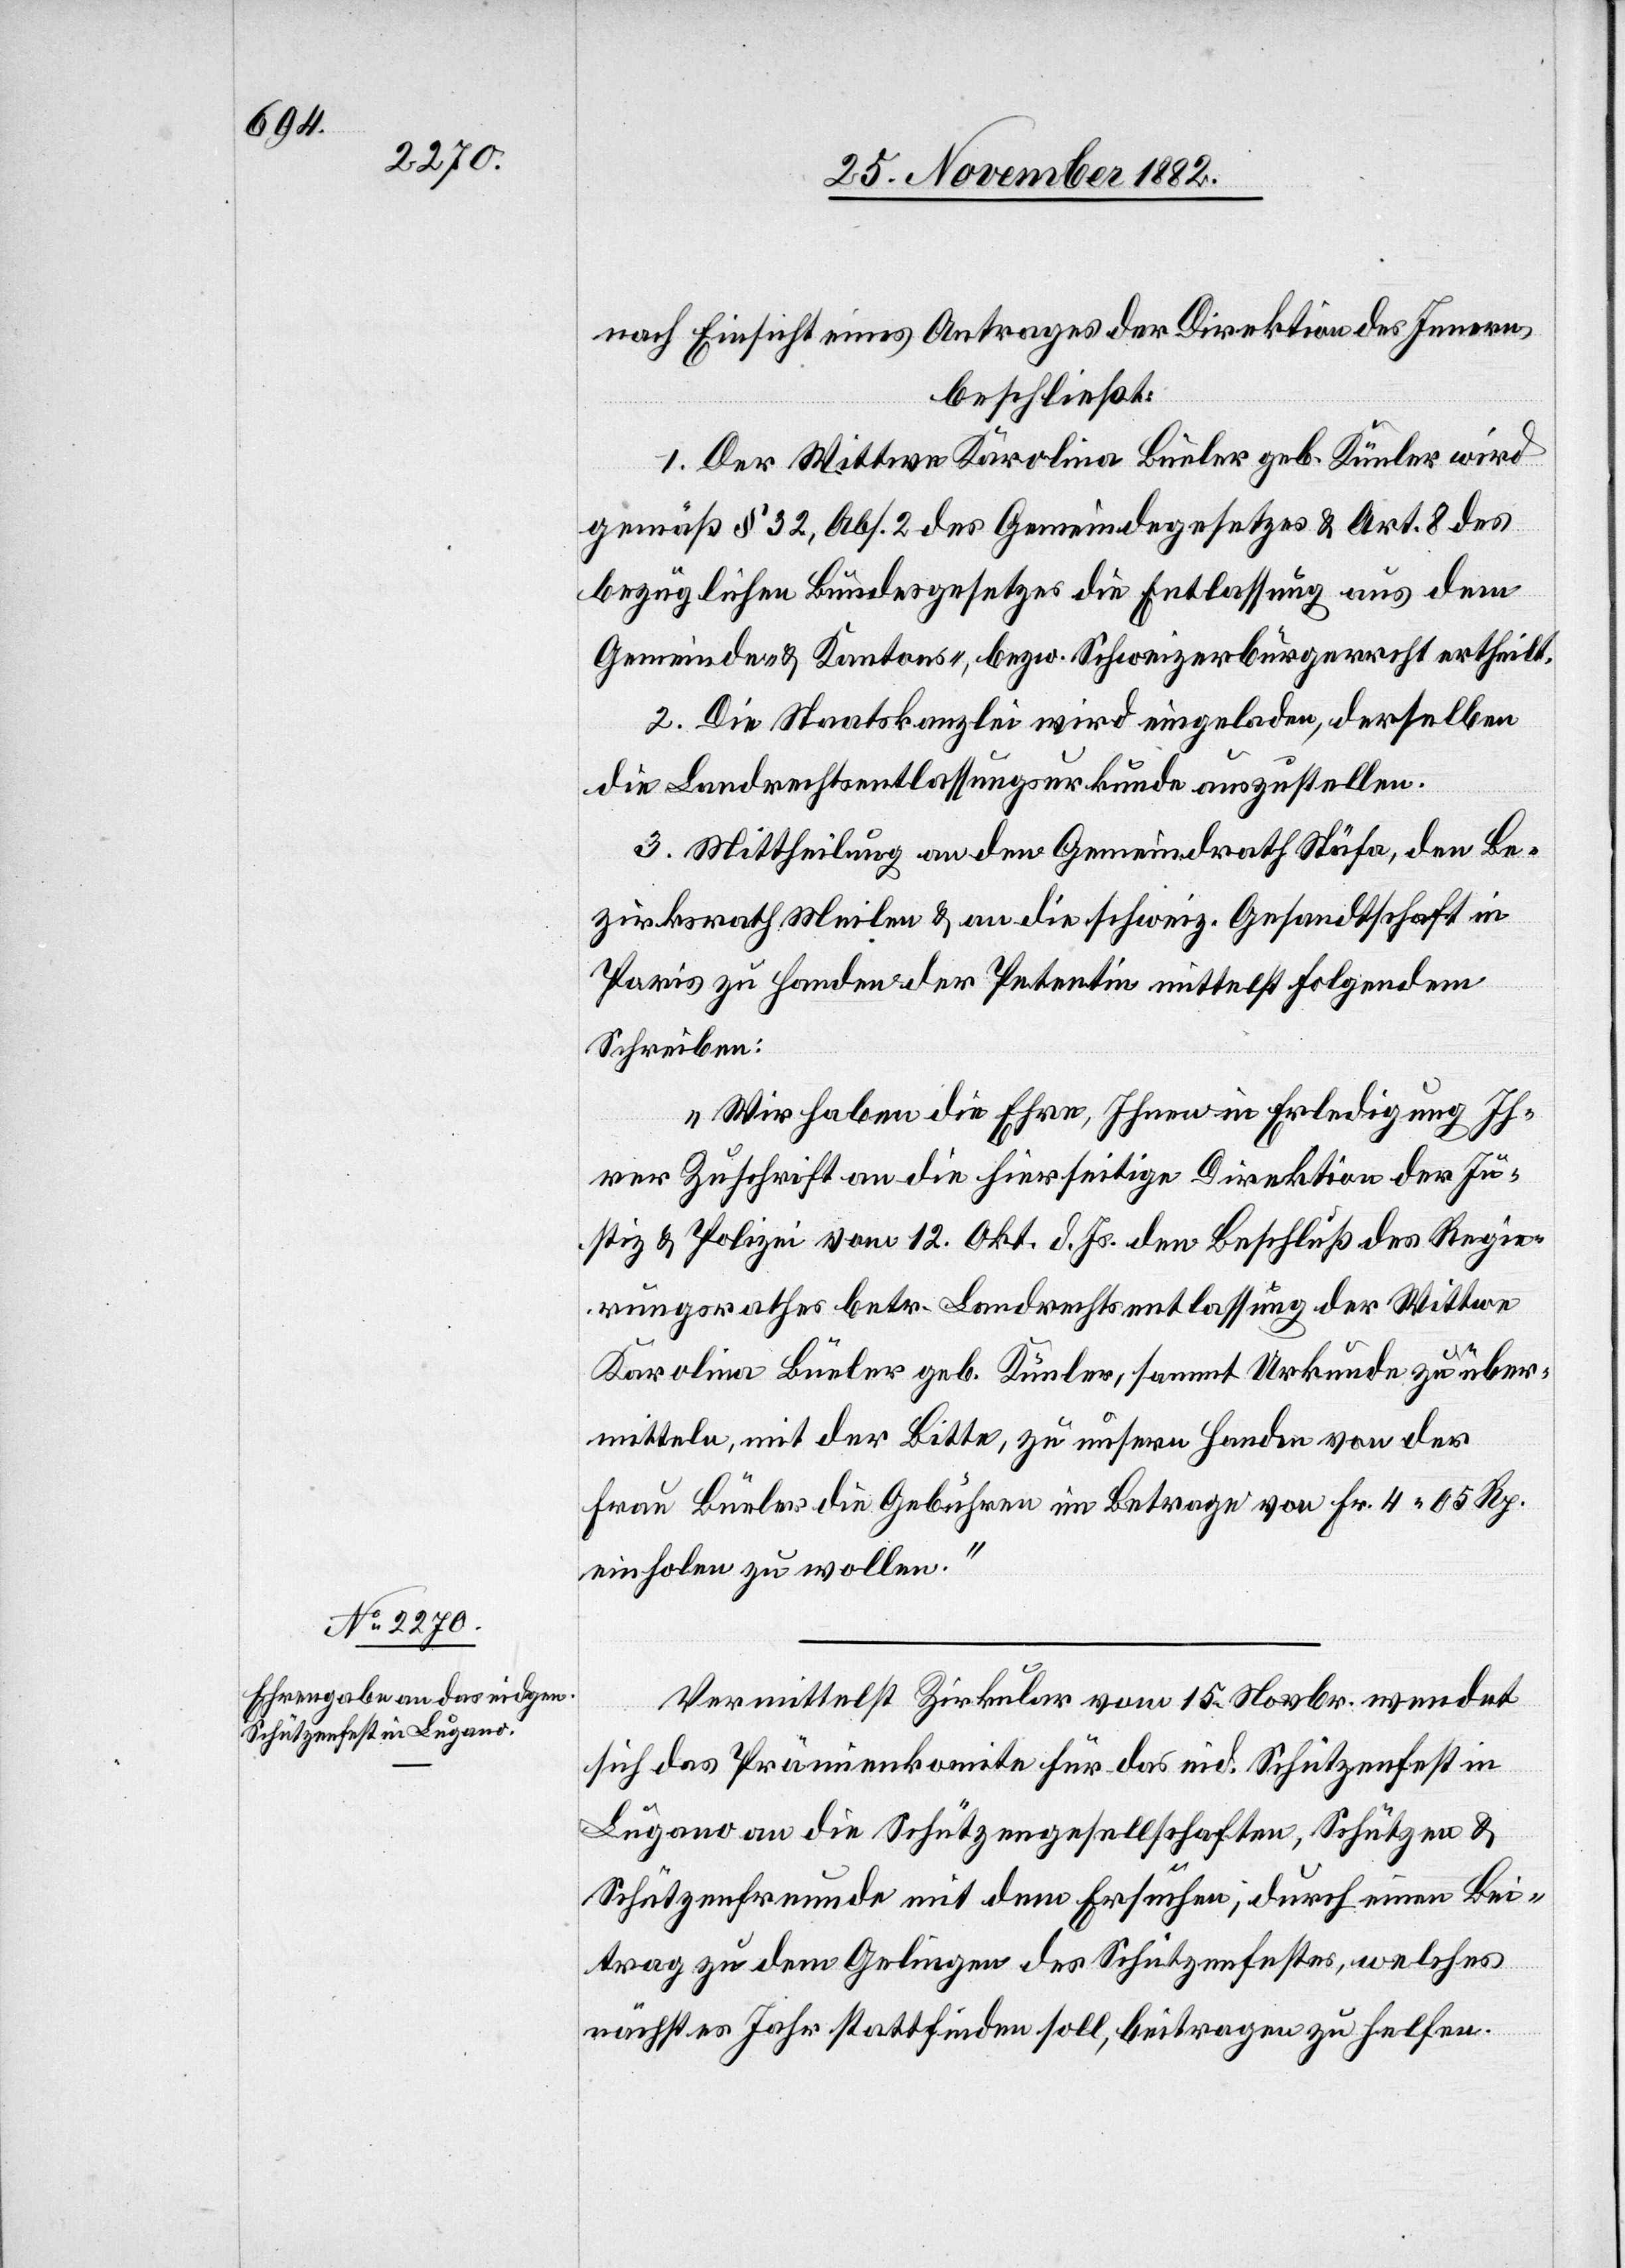
nach Einsicht eines Antrages der Direktion des Innern,
beschließt:
1. Der Wittwe Karolina Büeler geb. Künler wird
gemäß § 32, Abs. 2 des Gemeindegesetzes & Art. 8 des
bezüglichen Bundesgesetzes die Entlassung aus dem
Gemeinde- & Kantons-, bezw. Schweizerbürgerrecht ertheilt.
2. Die Staatskanzlei wird eingeladen, derselben
die Landrechtsentlassungsurkunde auszustellen.
3. Mittheilung an den Gemeindrath Stäfa, den Be¬
zirksrath Meilen & an die schweiz. Gesandtschaft in
Paris zu Handen der Petentin mittelst folgendem
Schreiben:
„Wir haben die Ehre, Ihnen in Erledigung Ih¬
rer Zuschrift an die hierseitige Direktion der Ju¬
stiz & Polizei vom 12. Okt. d. Js. den Beschluß des Regie¬
rungsrathes betr. Landrechtsentlassung der Wittwe
Karoline Büeler geb. Künler, sammt Urkunde zu über¬
mitteln, mit der Bitte, zu unsern Handen von der
Frau Büeler die Gebühren im Betrage von Fr. 4 05 Rp.
einholen zu wollen.“
Vermittelst Zirkular vom 15. Novbr. wendet
sich das Prämienkomite für das eid. Schützenfest in
Lugano an die Schützengesellschaften, Schützen &
Schützenfreunde mit dem Ersuchen, durch einen Bei¬
trag zu dem Gelingen des Schützenfestes, welches
nächstes Jahr stattfinden soll, beitragen zu helfen.